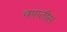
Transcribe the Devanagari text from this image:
चपातीस